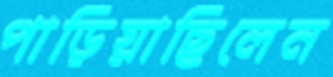
পাড়িয়াছিলেন